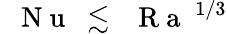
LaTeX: \mathrm{~\textit~{~N~u~}~}\lesssim\mathrm{~\textit~{~R~a~}~}^{1/3}